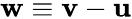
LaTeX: {\mathbf w}\equiv{\mathbf v}-{\mathbf u}